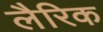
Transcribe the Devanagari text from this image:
लैरिक